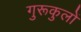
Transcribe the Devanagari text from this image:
गुरूकुलों